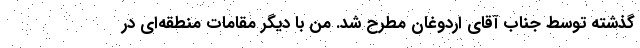
گذشته توسط جناب آقای اردوغان مطرح شد. من با دیگر مقامات منطقه‌ای در